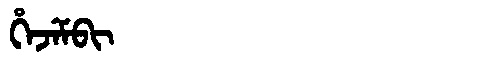
Manchu: ᡥᡝᠵᡝᠮᠪᡳ
Romanization: HEJEMBI